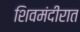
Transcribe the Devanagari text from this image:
शिवमंदीरात